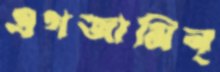
এগজামিন্‌